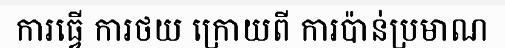
ការធ្វើ ការថយ ក្រោយពី ការប៉ាន់ប្រមាណ